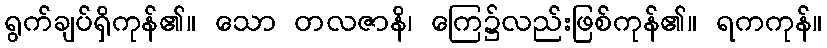
ရွက်ချပ်ရှိကုန်၏။ သော တလဇာနိ၊ ကြေ၌လည်းဖြစ်ကုန်၏။ ရကကုန်။